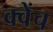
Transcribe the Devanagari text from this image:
क्वेंच